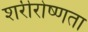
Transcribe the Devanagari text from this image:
शरीरोष्णता